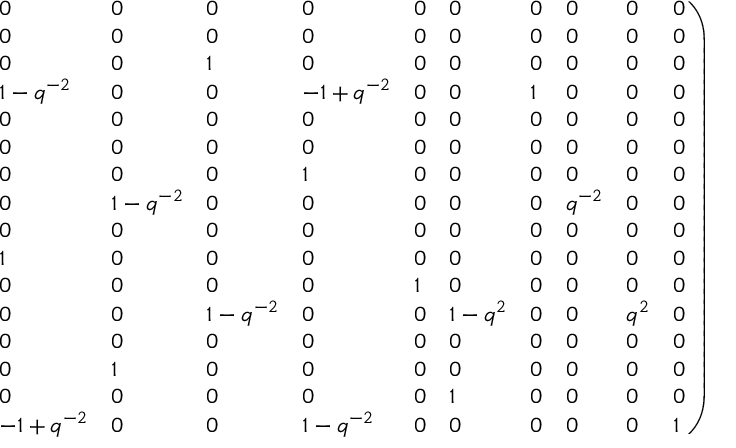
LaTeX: \left. \begin{array} { l l l l l l l l l l } { { 0 } } & { { 0 } } & { { 0 } } & { { 0 } } & { { 0 } } & { { 0 } } & { { 0 } } & { { 0 } } & { { 0 } } & { { 0 } } \\ { { 0 } } & { { 0 } } & { { 0 } } & { { 0 } } & { { 0 } } & { { 0 } } & { { 0 } } & { { 0 } } & { { 0 } } & { { 0 } } \\ { { 0 } } & { { 0 } } & { { 1 } } & { { 0 } } & { { 0 } } & { { 0 } } & { { 0 } } & { { 0 } } & { { 0 } } & { { 0 } } \\ { { 1 - q ^ { - 2 } } } & { { 0 } } & { { 0 } } & { { - 1 + { q ^ { - 2 } } } } & { { 0 } } & { { 0 } } & { { 1 } } & { { 0 } } & { { 0 } } & { { 0 } } \\ { { 0 } } & { { 0 } } & { { 0 } } & { { 0 } } & { { 0 } } & { { 0 } } & { { 0 } } & { { 0 } } & { { 0 } } & { { 0 } } \\ { { 0 } } & { { 0 } } & { { 0 } } & { { 0 } } & { { 0 } } & { { 0 } } & { { 0 } } & { { 0 } } & { { 0 } } & { { 0 } } \\ { { 0 } } & { { 0 } } & { { 0 } } & { { 1 } } & { { 0 } } & { { 0 } } & { { 0 } } & { { 0 } } & { { 0 } } & { { 0 } } \\ { { 0 } } & { { 1 - q ^ { - 2 } } } & { { 0 } } & { { 0 } } & { { 0 } } & { { 0 } } & { { 0 } } & { { { q ^ { - 2 } } } } & { { 0 } } & { { 0 } } \\ { { 0 } } & { { 0 } } & { { 0 } } & { { 0 } } & { { 0 } } & { { 0 } } & { { 0 } } & { { 0 } } & { { 0 } } & { { 0 } } \\ { { 1 } } & { { 0 } } & { { 0 } } & { { 0 } } & { { 0 } } & { { 0 } } & { { 0 } } & { { 0 } } & { { 0 } } & { { 0 } } \\ { { 0 } } & { { 0 } } & { { 0 } } & { { 0 } } & { { 1 } } & { { 0 } } & { { 0 } } & { { 0 } } & { { 0 } } & { { 0 } } \\ { { 0 } } & { { 0 } } & { { 1 - { q ^ { - 2 } } } } & { { 0 } } & { { 0 } } & { { 1 - { q ^ { 2 } } } } & { { 0 } } & { { 0 } } & { { { q ^ { 2 } } } } & { { 0 } } \\ { { 0 } } & { { 0 } } & { { 0 } } & { { 0 } } & { { 0 } } & { { 0 } } & { { 0 } } & { { 0 } } & { { 0 } } & { { 0 } } \\ { { 0 } } & { { 1 } } & { { 0 } } & { { 0 } } & { { 0 } } & { { 0 } } & { { 0 } } & { { 0 } } & { { 0 } } & { { 0 } } \\ { { 0 } } & { { 0 } } & { { 0 } } & { { 0 } } & { { 0 } } & { { 1 } } & { { 0 } } & { { 0 } } & { { 0 } } & { { 0 } } \\ { { - 1 + q ^ { - 2 } } } & { { 0 } } & { { 0 } } & { { 1 - { q ^ { - 2 } } } } & { { 0 } } & { { 0 } } & { { 0 } } & { { 0 } } & { { 0 } } & { { 1 } } \end{array} \right)